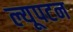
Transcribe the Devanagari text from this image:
ल्यूपटन